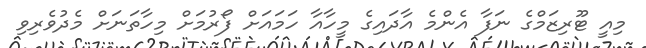
މިއީ ޓޫރިޒަމްގެ ނަފާ އެންމެ އާދައިގެ މީހާއާ ހަމައަށް ފޯރުމަށް މިހާތަނަށް މެދުވެރިވި